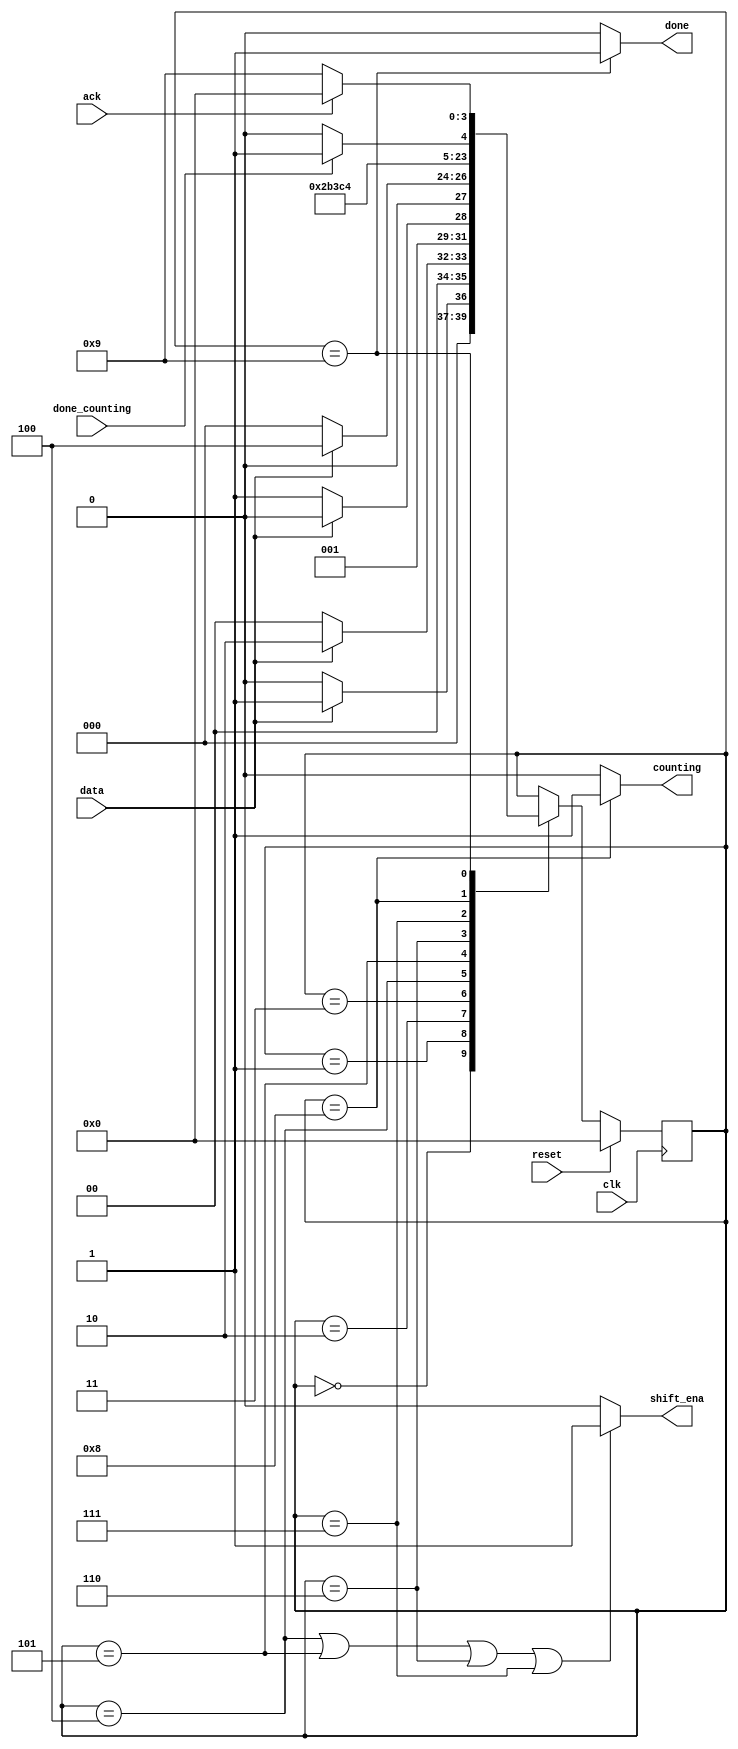
module top_module (
    input clk,
    input reset,      // Synchronous reset
    input data,
    output shift_ena,
    output counting,
    input done_counting,
    output done,
    input ack );

    parameter S=0, S1=1, S11=2, S110=3, B0=4, B1=5, B2=6, B3=7, Count=8, Wait=9;
    reg[3:0] PS, NS;
    
    assign shift_ena = ((PS == B0) | (PS == B1) | (PS == B2) | (PS == B3))? 1:0;
    assign counting = (PS == Count)? 1:0;
    assign done = (PS == Wait)? 1:0;
    
    always @(posedge clk)
        if(reset)
            PS <= S;
    	else
            PS <= NS;
    
    always @(*)
        case(PS)
            S: NS <= (data)? S1:S;
            S1: NS <= (data)? S11:S;
            S11: NS <= (data)? S11:S110;
            S110: NS <= (data)? B0:S;
            B0: NS <= B1;
            B1: NS <= B2;
            B2: NS <= B3;
            B3: NS <= Count;
            Count: NS <= (done_counting)? Wait:Count;
            Wait: NS <= (ack)? S:Wait;
            default: NS <= PS;
        endcase
            
endmodule